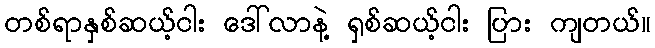
တစ်ရာနှစ်ဆယ့်ငါး ဒေါ်လာနဲ့ ရှစ်ဆယ့်ငါး ပြား ကျတယ်။